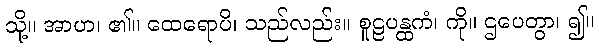
သို့။ အာဟ၊ ၏။ ထေရောပိ၊ သည်လည်း။ စူဠပန္ထကံ၊ ကို။ ဌပေတွာ၊ ၍။